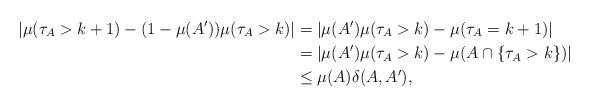
LaTeX: \begin{align*}\left|\mu(\tau_A>k+1)-(1-\mu(A'))\mu(\tau_A>k)\right|& =\left| \mu(A')\mu(\tau_A>k)-\mu(\tau_A=k+1)\right|\\& =\left|\mu(A')\mu(\tau_A>k)-\mu(A\cap\{\tau_A>k\})\right|\\&\le \mu(A)\delta(A, A'),\end{align*}